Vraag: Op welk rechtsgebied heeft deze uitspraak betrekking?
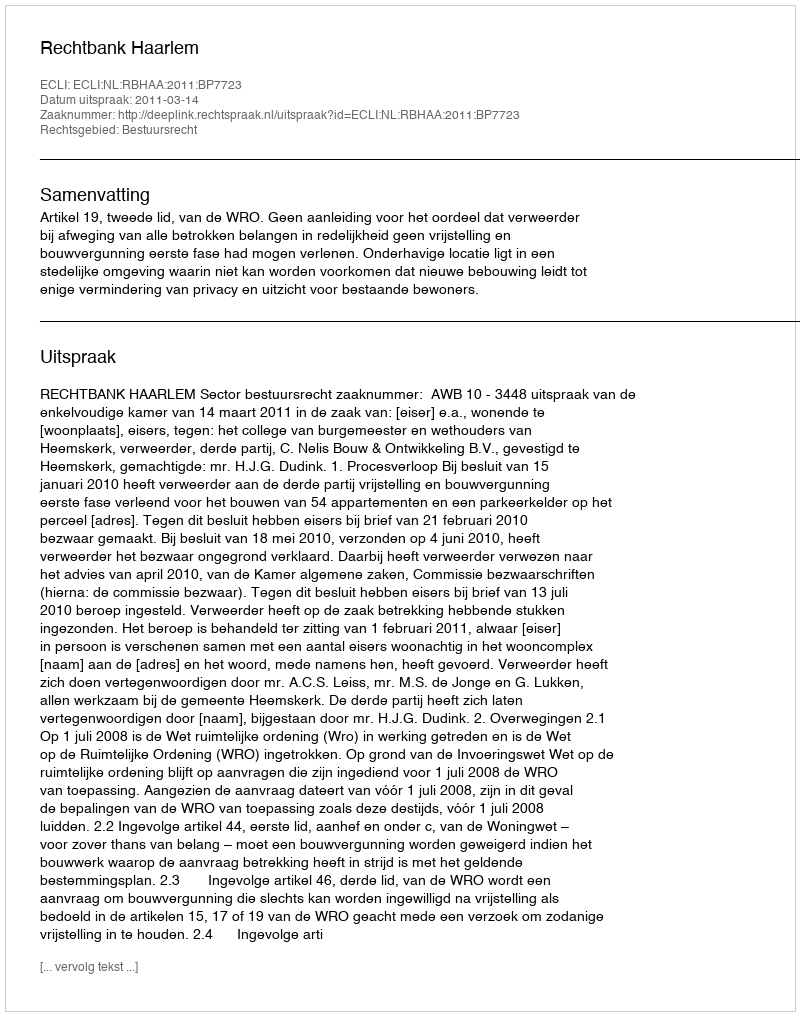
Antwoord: Bestuursrecht